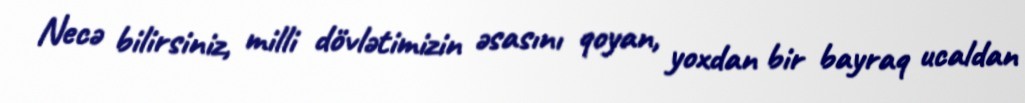
Necə bilirsiniz, milli dövlətimizin əsasını qoyan, yoxdan bir bayraq ucaldan